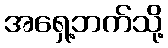
အရှေ့ဘက်သို့